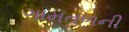
ગામતળની